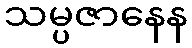
သမ္ပဇာနေန